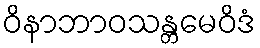
ဝိနာဘာဝသန္တမေဝိဒံ